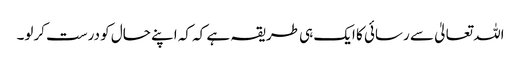
اللہ تعالیٰ سے رسائی کا ایک ہی طریقہ ہے کہ کہ اپنے حال کو درست کرلو۔